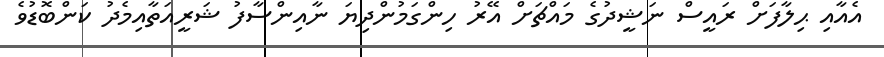
އެއާއި ޙިލާފަށް ރައީސް ނަޝީދުގެ މައްޗަށް އޭރު ހިންގަމުންދިޔަ ނާއިންސާފު ޝަރީއަތާއިމެދު ކަންބޮޑުވެ